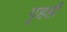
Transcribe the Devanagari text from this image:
गृहही